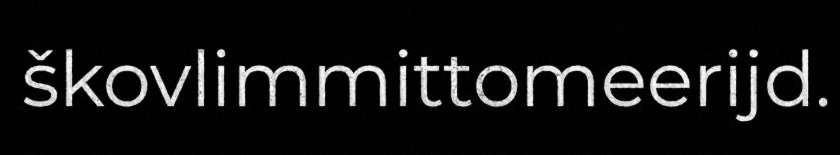
škovlimmittomeerijd.